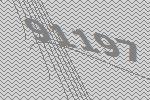
91197